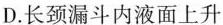
D.长颈漏斗内液面上升